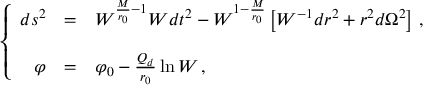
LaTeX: \left\{ \begin{array} { r c l } { { d s ^ { 2 } } } & { { = } } & { { W ^ { \frac { M } { r _ { 0 } } - 1 } W d t ^ { 2 } - W ^ { 1 - \frac { M } { r _ { 0 } } } \left[ W ^ { - 1 } d r ^ { 2 } + r ^ { 2 } d \Omega ^ { 2 } \right] \, , } } \\ { { } } & { { } } & { { } } \\ { { \varphi } } & { { = } } & { { \varphi _ { 0 } - \frac { { \cal Q } _ { d } } { r _ { 0 } } \ln W \, , } } \end{array} \right.